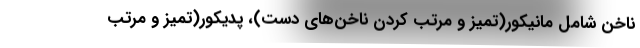
ناخن شامل مانیکور(تمیز و مرتب کردن ناخن‌های دست)، پدیکور(تمیز و مرتب